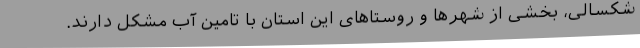
شکسالی، بخشی از شهرها و روستاهای این استان با تامین آب مشکل دارند.